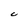
Character: U